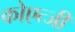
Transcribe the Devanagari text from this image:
कोएत्जी